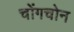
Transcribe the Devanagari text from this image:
चोंगचोन